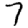
Digit: 7